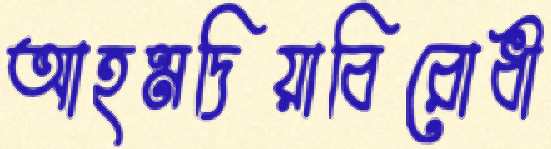
আহমদিয়াবিরোধী